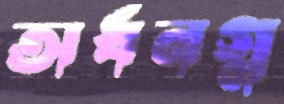
অর্ধনগ্ন